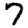
Digit: 7